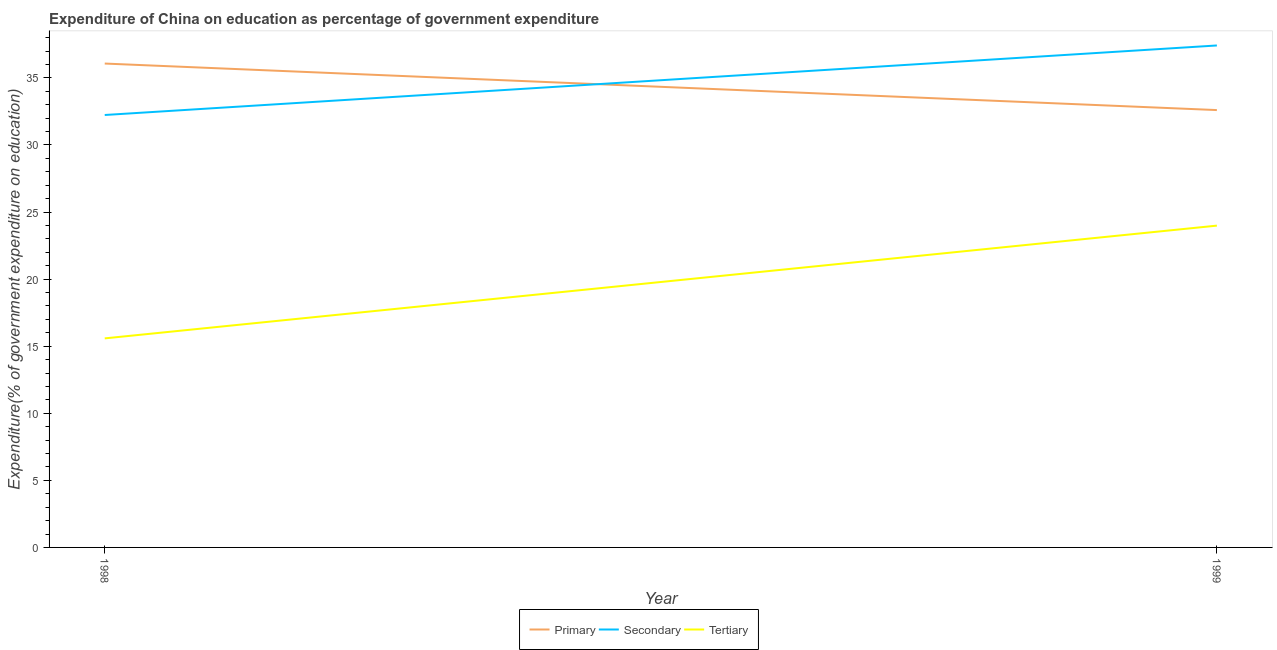
| Year | Primary | Secondary | Tertiary |
 | --- | --- | --- | --- |
 | 1998 | 36.1 | 32.2 | 15.6 |
 | 1999 | 32.6 | 37.4 | 24 |